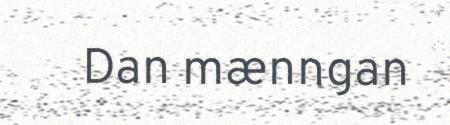
Dan mænngan